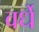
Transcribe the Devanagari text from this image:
वर्धे